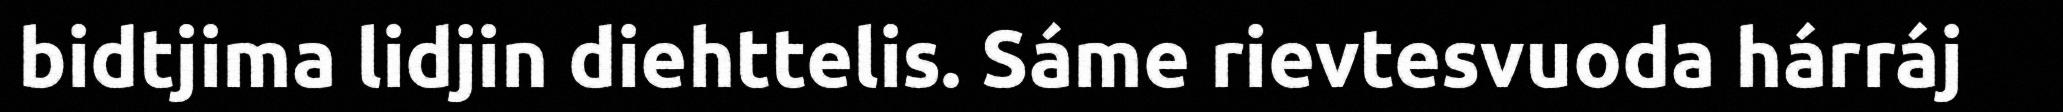
bidtjima lidjin diehttelis. Sáme rievtesvuoda hárráj